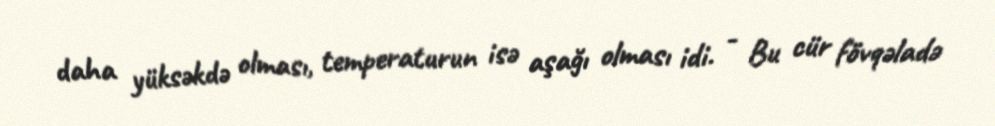
daha yüksəkdə olması, temperaturun isə aşağı olması idi. - Bu cür fövqəladə